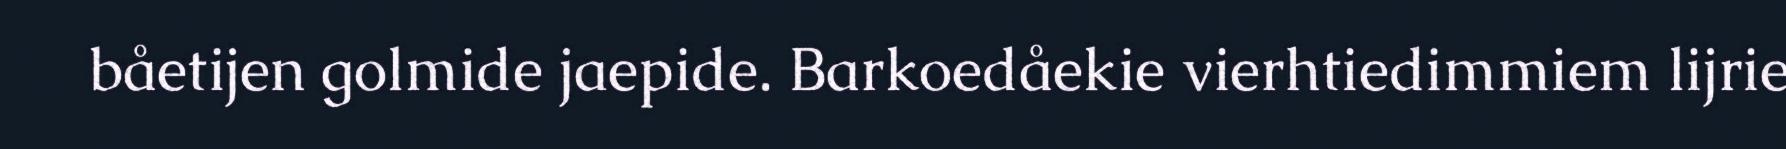
båetijen golmide jaepide. Barkoedåekie vierhtiedimmiem lijrie